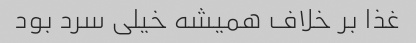
غذا بر خلاف همیشه خیلی سرد بود